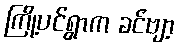
ကြို့ပင်ရွာက ခင်ဗျာ့